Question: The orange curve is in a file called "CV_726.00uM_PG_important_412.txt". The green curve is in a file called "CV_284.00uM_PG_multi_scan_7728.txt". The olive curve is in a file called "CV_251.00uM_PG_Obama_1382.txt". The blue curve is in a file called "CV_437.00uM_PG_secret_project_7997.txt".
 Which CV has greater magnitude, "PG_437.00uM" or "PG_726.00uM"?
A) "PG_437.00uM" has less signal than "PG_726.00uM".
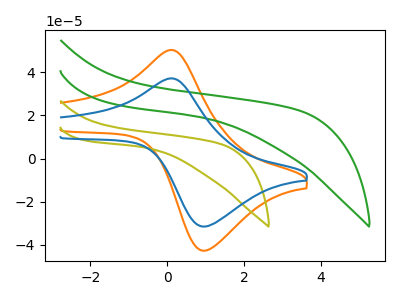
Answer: <think>The orange curve "PG_726.00uM" has an anodic peak at (0.05V, 50.25uA) and a cathodic peak at (1.00V, -42.70uA). The green curve "PG_284.00uM" has no peaks. The olive curve "PG_251.00uM" has no peaks. The blue curve "PG_437.00uM" has an anodic peak at (0.05V, 37.10uA) and a cathodic peak at (1.00V, -31.50uA).
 All the peaks in "PG_437.00uM" have a peak in "PG_726.00uM" at the same potential. Every peak in "PG_437.00uM" is lower than every peak in "PG_726.00uM".</think>
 <answer>A) "PG_437.00uM" has less signal than "PG_726.00uM".</answer>
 <eval>A</eval>